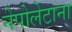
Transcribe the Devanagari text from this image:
नेपोलेटाना